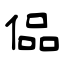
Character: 偘